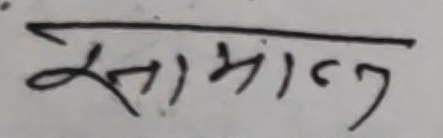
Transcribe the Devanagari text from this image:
सामांन्त